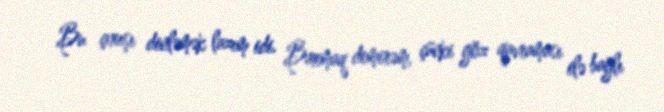
Bu çıxışı dinləmək lazım idi. Baxmaq demirəm, çünki göz qavraması ilə bağlı